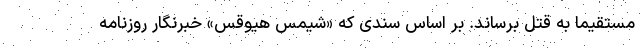
مستقیما به قتل برساند. بر اساس سندی که «شیمس هیوقس» خبرنگار روزنامه